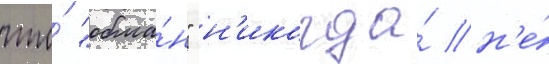
что́ "обма́н" н'икогда́ н'е́